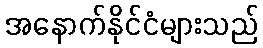
အနောက်နိုင်ငံများသည်